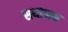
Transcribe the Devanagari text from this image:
सथांनक